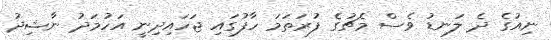
ނިއުގެ ދެ ލަނޑު ވެސް މެޗުގެ ފުރަތަމަ ހާފުގައި ޖަހައިދިނީ އަހުމަދު ނާޝިދު